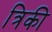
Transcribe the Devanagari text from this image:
त्रिकी